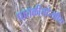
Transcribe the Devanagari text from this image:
पातळीतदेखील